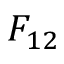
F _ { 1 2 }